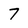
Character: 7